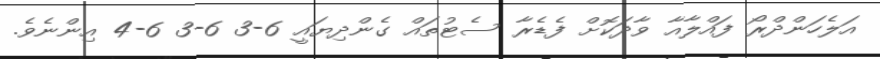
އަލެހަންދްރޯ ފައްލާއާ ވާދަކޮށް ފެޑެރާ ސެޓުތައް ގެންދިޔައީ 6-3 6-3 6-4 އިންނެވެ.